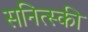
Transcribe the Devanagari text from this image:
सनित्स्की